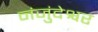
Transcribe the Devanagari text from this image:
नंजुंदेश्वर